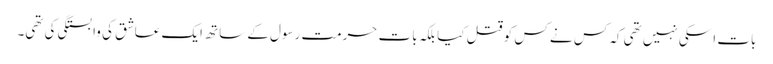
بات اسکی نہیں تھی کہ کس نے کس کو قتل کیا بلکہ بات حرمت رسول کے ساتھ ایک عاشق کی وابستگی کی تھی۔